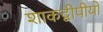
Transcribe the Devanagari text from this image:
शाकद्वीपीयों